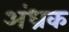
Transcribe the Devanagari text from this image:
अंध्रक